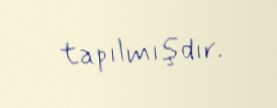
tapılmışdır.